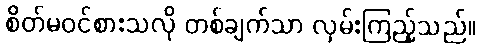
စိတ်မဝင်စားသလို တစ်ချက်သာ လှမ်းကြည့်သည်။